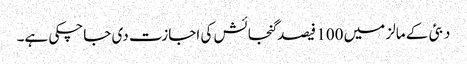
دبئی کے مالز میں 100 فیصد گنجائش کی اجازت دی جاچکی ہے۔